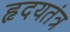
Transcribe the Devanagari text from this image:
हृदयतंत्र